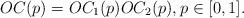
LaTeX: \begin{align*} OC(p) = OC_1(p) OC_2(p), p \in [0,1].\end{align*}